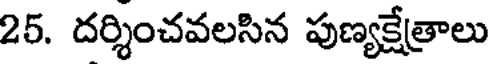
25. దర్శించవలసిన పుణ్యక్షేత్రాలు